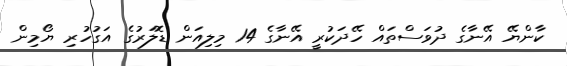
ކާންޔޭ އޭނާގެ ދުވަސްތައް ހޭދަކުރީ އޭނާގެ 14 މިލިއަން ޑޮލަރުގެ އަގުހުރި ޔޯމިން